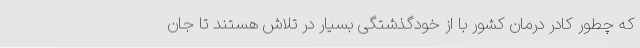
که چطور کادر درمان کشور با از خودگذشتگی بسیار در تلاش هستند تا جان